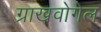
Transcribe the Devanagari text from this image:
ग्राखवोगेल